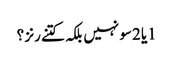
1یا 2سو نہیں بلکہ کتنے رنز ؟